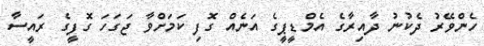
ހެންވޭރު ދެކުނު ދާއިރާގެ އެމްޑީޕީގެ އަނެއް ގޮފި ކަމަށްވާ ޖަގަހަ ގޮފީގެ ރައީސާ